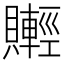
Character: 𧸰